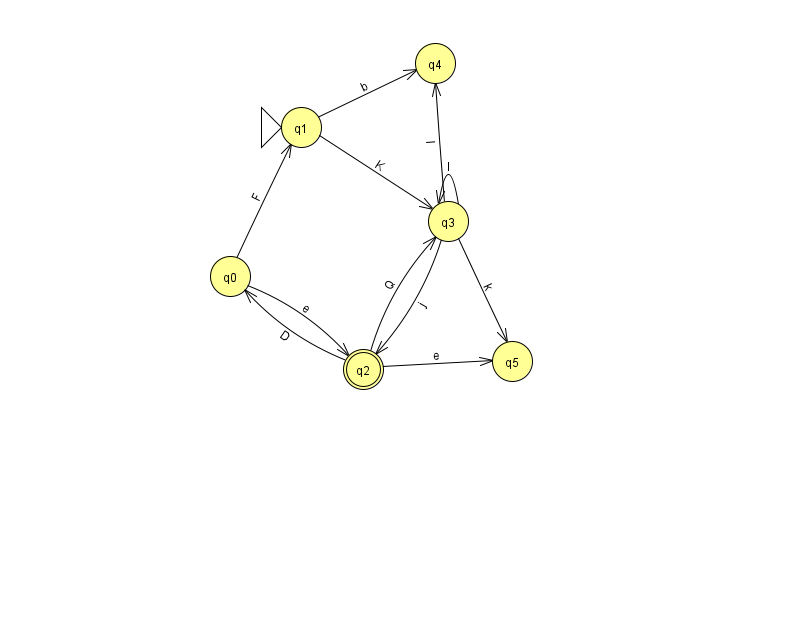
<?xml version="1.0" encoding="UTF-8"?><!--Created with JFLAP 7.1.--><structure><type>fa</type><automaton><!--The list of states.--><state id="0" name="q0"><x>230.0</x><y>263.0</y></state><state id="1" name="q1"><x>301.0</x><y>114.0</y><initial/></state><state id="2" name="q2"><x>363.0</x><y>356.0</y><final/></state><state id="3" name="q3"><x>448.0</x><y>208.0</y></state><state id="4" name="q4"><x>435.0</x><y>50.0</y></state><state id="5" name="q5"><x>512.0</x><y>348.0</y></state><!--The list of transitions.--><transition><from>1</from><to>3</to><read>K</read></transition><transition><from>1</from><to>4</to><read>b</read></transition><transition><from>2</from><to>5</to><read>e</read></transition><transition><from>3</from><to>4</to><read>I</read></transition><transition><from>2</from><to>3</to><read>Q</read></transition><transition><from>0</from><to>1</to><read>F</read></transition><transition><from>2</from><to>0</to><read>D</read></transition><transition><from>0</from><to>2</to><read>e</read></transition><transition><from>3</from><to>3</to><read>I</read></transition><transition><from>3</from><to>5</to><read>k</read></transition><transition><from>3</from><to>2</to><read>j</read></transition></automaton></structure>